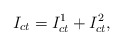
\begin{align*} I_{ct} = I_{ct}^{1} + I_{ct}^{2},\end{align*}